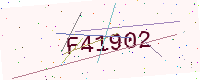
Text: F41902